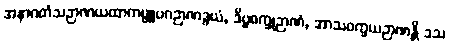
အနာဂတံသဉာဏယထာကမ္မူပဂဉာဏဒွယံ, ဒိဗ္ဗစက္ခုဉာဏံ, အာသဝက္ခယဉာဏန္တိ ဒသ